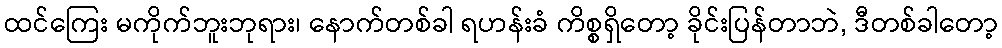
ထင်ကြေး မကိုက်ဘူးဘုရား၊ နောက်တစ်ခါ ရဟန်းခံ ကိစ္စရှိတော့ ခိုင်းပြန်တာဘဲ, ဒီတစ်ခါတော့